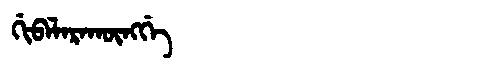
Manchu: ᡤᡳᠪᠠᠯᠠᡵᠠᡴᡡᠩᡤᡝ
Romanization: GIBALARAKŪNGGE